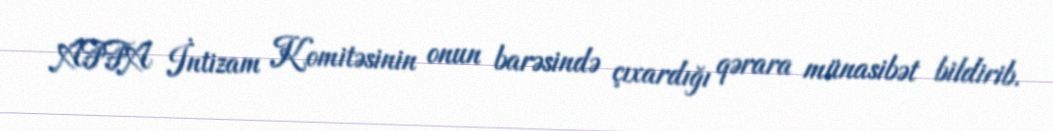
AFFA İntizam Komitəsinin onun barəsində çıxardığı qərara münasibət bildirib.